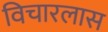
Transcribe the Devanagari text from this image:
विचारलास